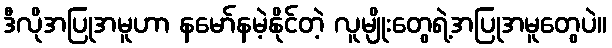
ဒီလိုအပြုအမူဟာ နမော်နမဲ့နိုင်တဲ့ လူမျိုးတွေရဲ့အပြုအမူတွေပဲ။